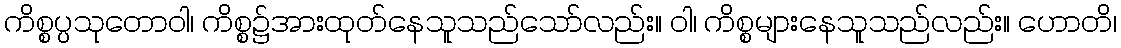
ကိစ္စပ္ပသုတောဝါ၊ ကိစ္စ၌အားထုတ်နေသူသည်သော်လည်း။ ဝါ၊ ကိစ္စများနေသူသည်လည်း။ ဟောတိ၊